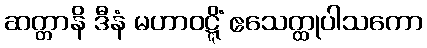
ဆတ္တာနိ ဒီနံ မဟာဝဋ္ဋိံ ဧသေတ္ထုပါသကော